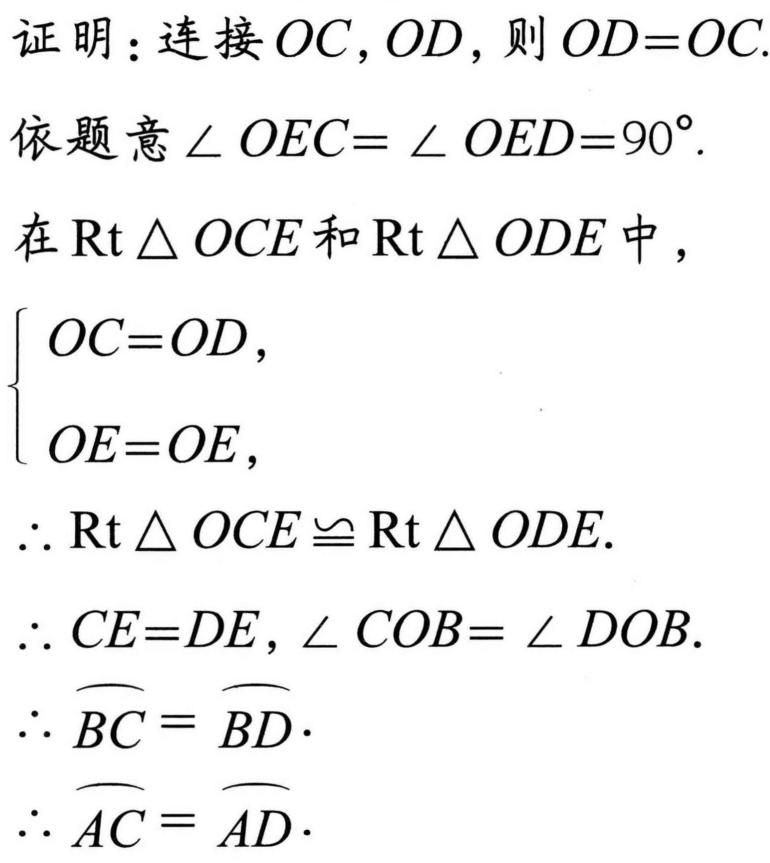
证明：连接 \(OC,OD\)，则 \(OD = OC\).
依题意 \(\angle OEC=\angle OED = 90^{\circ}\).
在 \(\text{Rt}\triangle OCE\) 和 \(\text{Rt}\triangle ODE\) 中，
\(\begin{cases}OC = OD,\\OE = OE,\end{cases}\)
\(\therefore\text{Rt}\triangle OCE\cong\text{Rt}\triangle ODE\).
\(\therefore CE = DE,\angle COB=\angle DOB\).
\(\therefore\overset{\frown}{BC}=\overset{\frown}{BD}\).
\(\therefore\overset{\frown}{AC}=\overset{\frown}{AD}\).